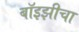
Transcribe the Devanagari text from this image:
बॉइझीचा